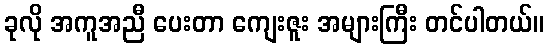
ခုလို အကူအညီ ပေးတာ ကျေးဇူး အများကြီး တင်ပါတယ်။